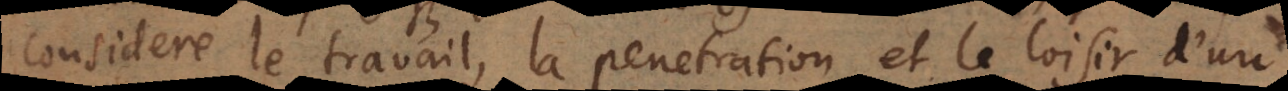
considere le travail, la penetration et le loisir d’un